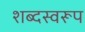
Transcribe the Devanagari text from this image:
शब्दस्वरूप